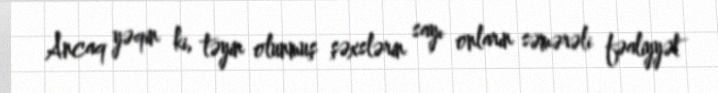
Ancaq yəqin ki, təyin olunmuş şəxslərin sayı onların səmərəli fəaliyyət